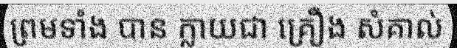
ព្រមទាំង បាន ក្លាយជា គ្រឿង សំគាល់